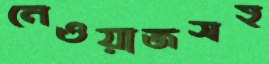
নেওয়াজসহ